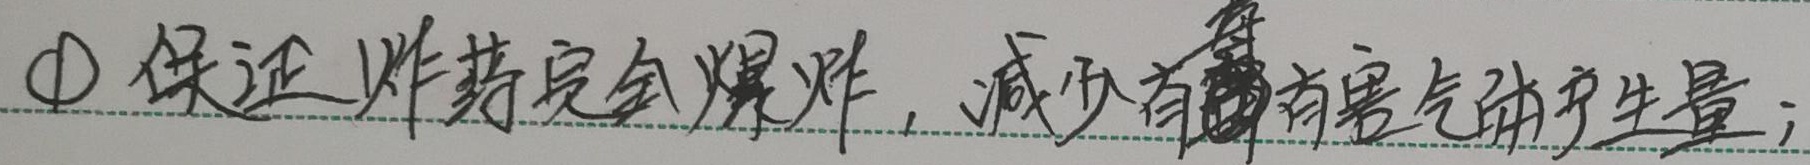
\textcircled{1} 保证炸药完全爆炸，减少有毒有害气体产生量；